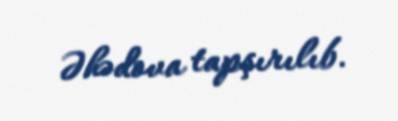
Əhədova tapşırılıb.